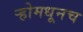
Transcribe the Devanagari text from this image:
र्‍होमधूनच